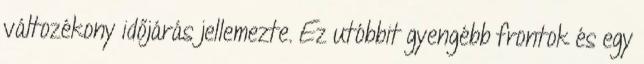
változékony időjárás jellemezte. Ez utóbbit gyengébb frontok és egy